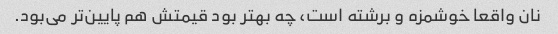
نان واقعا خوشمزه و برشته است، چه بهتر بود قیمتش هم پایین‌تر می‌بود.